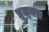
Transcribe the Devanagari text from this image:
प्रूल्क्स